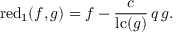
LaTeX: \operatorname { r e d } _ { 1 } ( f , g ) = f - { \frac { c } { \operatorname { l c } ( g ) } } \, q \, g .